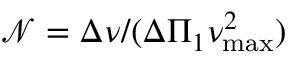
\mathcal { N } = \Delta \nu / ( \Delta \Pi _ { 1 } \nu _ { \mathrm { m a x } } ^ { 2 } )